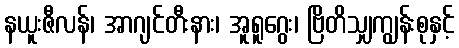
နယူးဇီလန်၊ အာဂျင်တီးနား၊ အူရူဂွေး၊ ဗြိတိသျှကျွန်းစုနှင့်